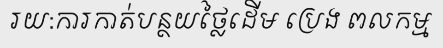
រយ:ការកាត់បន្ថយថ្លៃដើម ប្រេង ពលកម្ម